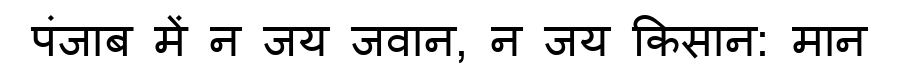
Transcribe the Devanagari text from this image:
पंजाब में न जय जवान, न जय किसान: मान